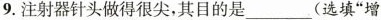
9.注射器针头做得很尖，其目的是___(选填“增